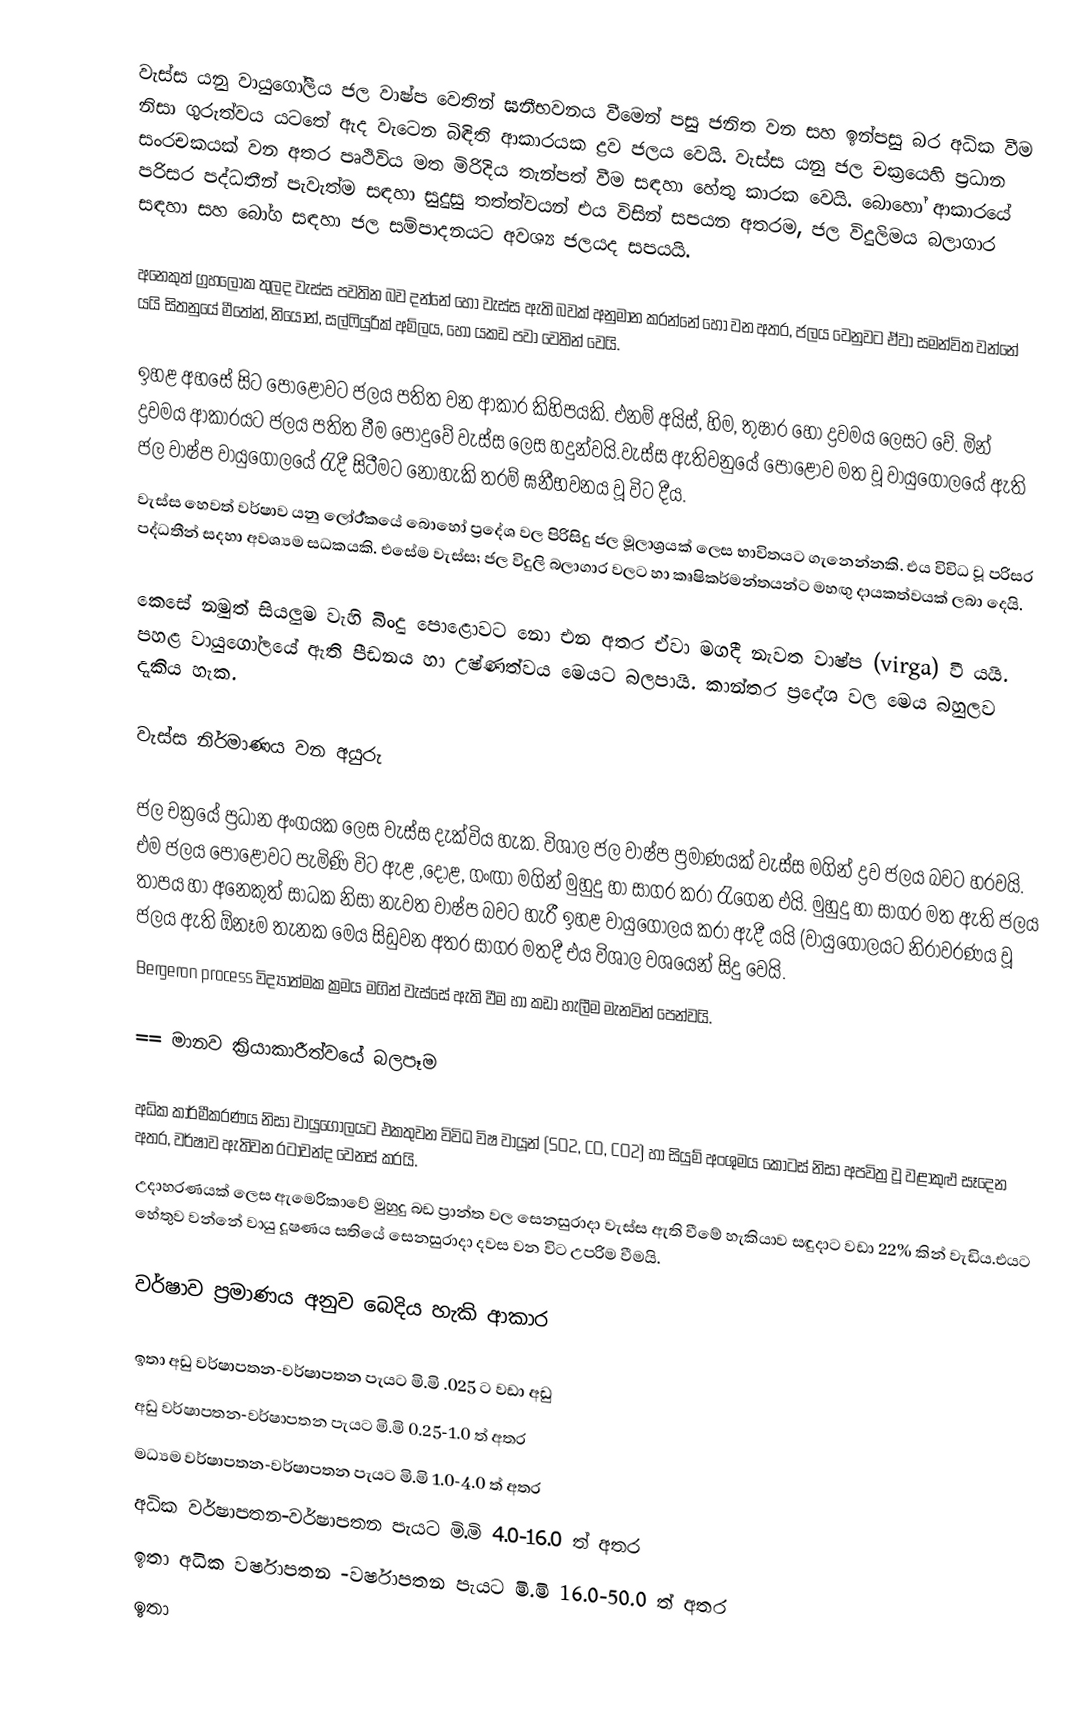
වැස්ස යනු  වායුගෝලීය ජල වාෂ්ප වෙතින්  ඝනීභවනය වීමෙන් පසු ජනිත වන සහ  ඉන්පසු බර අධික වීම නිසා ගුරුත්වය යටතේ ඇද වැටෙන   බිඳිති  ආකාරයක ද්‍රව ජලය වෙයි. වැස්ස යනු  ජල චක‍්‍රයෙහි ප්‍රධාන සංරචකයක් වන අතර පෘථිවිය මත මිරිදිය තැන්පත් වීම සඳහා හේතු කාරක වෙයි. බොහෝ ආකාරයේ  පරිසර පද්ධතීන් පැවැත්ම සඳහා සුදුසු තත්ත්වයන් එය විසින් සපයන අතරම, ජල විදුලිමය බලාගාර සඳහා සහ බෝග  සඳහා  ජල සම්පාදනයට අවශ්‍ය ජලයද සපයයි.

අනෙකුත් ග්‍රහලෝක තුලද වැස්ස පවතින බව දන්නේ හෝ වැස්ස ඇති බවක් අනුමාන කරන්නේ හෝ වන අතර, ජලය වෙනුවට ඒවා සමන්විත වන්නේ යයි සිතනුයේ මීතේන්, නියෝන්, සල්ෆියුරික් අම්ලය, හෝ  යකඩ පවා වෙතින් වෙයි.

ඉහළ අහසේ සිට පොළොවට ජලය පතිත වන ආකාර කිහිපයකි. එනම් අයිස්, හිම, තුෂාර හෝ ද්‍රවමය ලෙසට වේ. මින් ද්‍රවමය ආකාරයට ජලය පතිත වීම පොදුවේ වැස්ස ලෙස හදුන්වයි.වැස්ස ඇතිවනුයේ පොළොව මත වූ වායුගෝලයේ ඇති ජල වාෂ්ප වායුගෝලයේ රැදී සිටීමට නොහැකි තරම් ඝනීභවනය වූ විට දීය.
වැස්ස හෙවත් වර්ෂාව යනු ලො‍්‍ර්‍ර්‍කයේ බොහෝ ප්‍රදේශ වල පිරිසිදු ජල මූලාශ්‍රයක් ලෙස භාවිතයට ගැනෙන්නකි. එය විවිධ වූ පරිසර පද්ධතීන් සදහා අවශ්‍යම සධකයකි. එසේම වැස්ස; ජල විදුලි බලාගාර වලට හා කෘෂිකර්මන්තයන්ට මහඟු දායකත්වයක් ලබා දෙයි.

කෙසේ නමුත් සියලුම වැහි බිංදු පොළොවට නො එන අතර ඒවා මගදී නැවත වාෂ්ප (virga) වී යයි. පහළ වායුගෝලයේ ඇති පීඩනය හා උෂ්ණත්වය මෙයට බලපායි. කාන්තර ප්‍රදේශ වල මෙය බහුලව දැකිය හැක.

වැස්ස නිර්මාණය වන අයුරු

ජල චක්‍රයේ ප්‍රධාන අංගයක ලෙස වැස්ස දැක්විය හැක. විශාල ජල වාෂ්ප ප්‍රමාණයක් වැස්ස මගින් ද්‍රව ජලය බවට හරවයි. එම ජලය පොළොවට පැමිණි විට ඇළ ,දොළ, ගංඟා මගින් මුහුදු හා සාගර කරා රැගෙන එයි. මුහුදු හා සාගර මත ඇති ජලය තාපය හා අනෙකුත් සාධක නිසා නැවත වාෂ්ප බවට හැරී ඉහළ වායුගෝලය කරා ඇදී යයි (වායුගෝලයට නිරාවරණය වූ ජලය ඇති ඕනෑම තැනක මෙය සිඩුවන අතර සාගර මතදී එය විශාල වශයෙන් සිදු වෙයි.
Bergeron process විද්‍යාත්මක ක්‍රමය මගින් වැස්සේ ඇති වීම හා කඩා හැලීම මැනවින් පෙන්වයි.

== මානව ක්‍රියාකාරීත්වයේ බලපෑම

අධ්ක කාර්මීකරණය නිසා වායුගෝලයට එකතුවන විවිධ විෂ වායූන් (SO2, CO, CO2) හා සියුම් අංශුමය කොටස් නිසා අපවිත්‍ර වූ වළාකුළු සෑදෙන අතර, වර්ෂාව ඇතිවන රටාවන්ද වෙනස් කරයි.
උදාහරණයක් ලෙස ඇමෙරිකාවේ මුහුදු බඩ ප්‍රාන්ත වල සෙනසුරාදා වැස්ස ඇති වීමේ හැකියාව සඳුදාට වඩා 22% කින් වැඩිය.එයට හේතුව වන්නේ වායු දූෂණය සතියේ සෙනසුරාදා දවස වන විට උපරිම වීමයි.

වර්ෂාව ප්‍රමාණය අනුව බෙදිය හැකි ආකාර

 ඉතා අඩු වර්ෂාපතන-වර්ෂාපතන පැයට මි.මි .025 ට වඩා අඩු
 අඩු වර්ෂාපතන-වර්ෂාපතන පැයට මි.මි 0.25-1.0 ත් අතර
 මධ්‍යම වර්ෂාපතන-වර්ෂාපතන පැයට මි.මි 1.0-4.0 ත් අතර
 අධික වර්ෂාපතන-වර්ෂාපතන පැයට මි.මි 4.0-16.0 ත් අතර
 ඉතා අධික වර්ෂාපතන -වර්ෂාපතන පැයට මි.මි 16.0-50.0 ත් අතර
 ඉතා